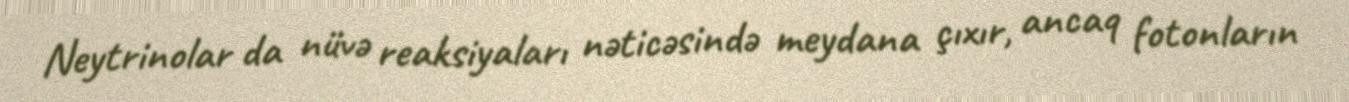
Neytrinolar da nüvə reaksiyaları nəticəsində meydana çıxır, ancaq fotonların